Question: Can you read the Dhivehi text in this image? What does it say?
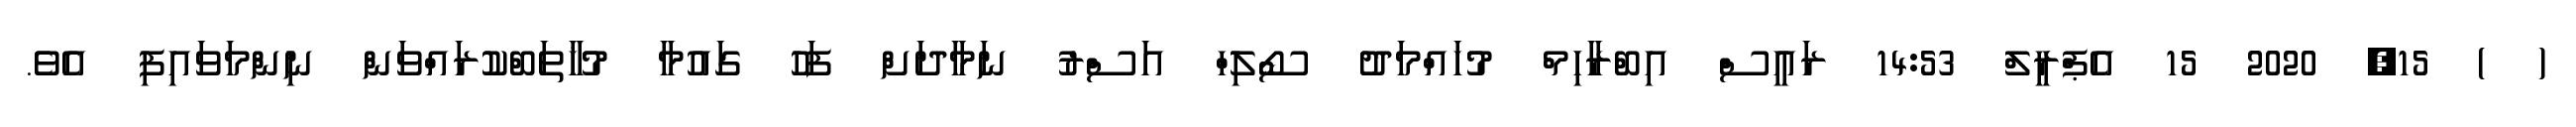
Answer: ( ) 15, 2020 15 އެޕްރީލް 14:53 ރައީސް އިބްރާހިމް މުހައްމަދު ސޯލިހް އަސްރު ނަމާދަށް ފަހު ގައުމާ މުޚާތަބްކުރައްވަން ނިންމަވައިފި އެވެ.